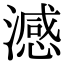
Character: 澸